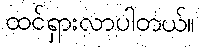
ထင်ရှားလာပါတယ်။